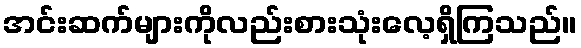
အင်းဆက်များကိုလည်းစားသုံးလေ့ရှိကြသည်။